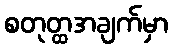
စတုတ္ထအချက်မှာ